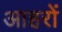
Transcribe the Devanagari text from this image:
आहरों